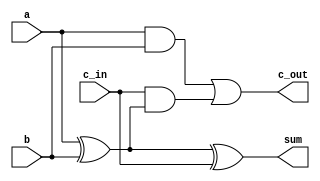
module FullAdder (
    input wire a,        // First input bit
    input wire b,        // Second input bit
    input wire c_in,     // Carry input
    output wire sum,     // Sum output
    output wire c_out    // Carry output
);
    assign sum = a ^ b ^ c_in;       // Sum is the XOR of the inputs
    assign c_out = (a & b) | (c_in & (a ^ b)); // Carry is generated based on the input bits
endmodule